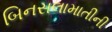
બિનસલામાતીની